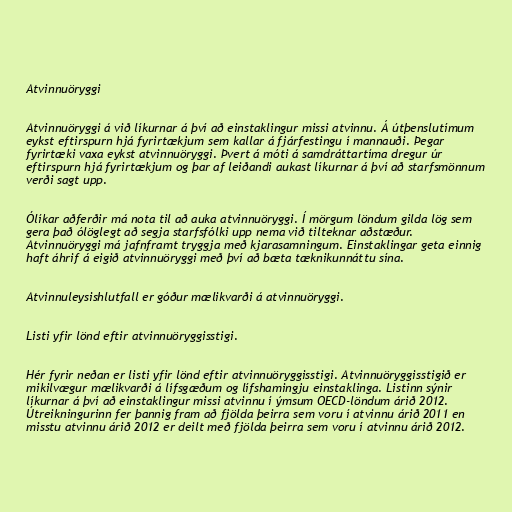
Atvinnuöryggi

Atvinnuöryggi á við líkurnar á því að einstaklingur missi atvinnu. Á útþenslutímum
eykst eftirspurn hjá fyrirtækjum sem kallar á fjárfestingu í mannauði. Þegar
fyrirtæki vaxa eykst atvinnuöryggi. Þvert á móti á samdráttartíma dregur úr
eftirspurn hjá fyrirtækjum og þar af leiðandi aukast líkurnar á því að starfsmönnum
verði sagt upp.

Ólíkar aðferðir má nota til að auka atvinnuöryggi. Í mörgum löndum gilda lög sem
gera það ólöglegt að segja starfsfólki upp nema við tilteknar aðstæður.
Atvinnuöryggi má jafnframt tryggja með kjarasamningum. Einstaklingar geta einnig
haft áhrif á eigið atvinnuöryggi með því að bæta tæknikunnáttu sína.

Atvinnuleysishlutfall er góður mælikvarði á atvinnuöryggi.

Listi yfir lönd eftir atvinnuöryggisstigi.

Hér fyrir neðan er listi yfir lönd eftir atvinnuöryggisstigi. Atvinnuöryggisstigið er
mikilvægur mælikvarði á lífsgæðum og lífshamingju einstaklinga. Listinn sýnir
líkurnar á því að einstaklingur missi atvinnu í ýmsum OECD-löndum árið 2012.
Útreikningurinn fer þannig fram að fjölda þeirra sem voru í atvinnu árið 2011 en
misstu atvinnu árið 2012 er deilt með fjölda þeirra sem voru í atvinnu árið 2012.